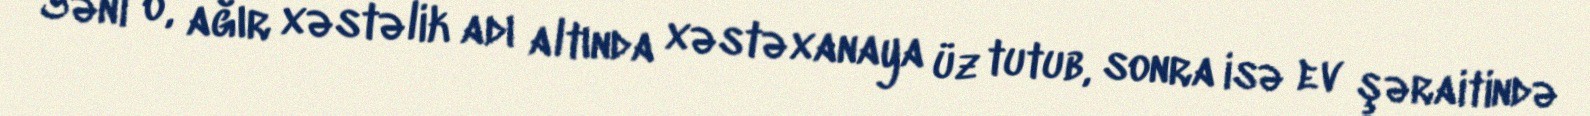
Yəni o, ağır xəstəlik adı altında xəstəxanaya üz tutub, sonra isə ev şəraitində